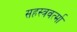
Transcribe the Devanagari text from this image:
सहस्‍त्रवर्त्‍मा